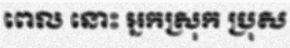
ពេល នោះ អ្នកស្រុក ប្រុស